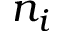
n _ { i }